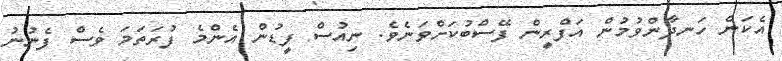
އެކަން ހަނދާންވުމުން އަފްރީން ފޭސްބުކަށްވަނެވެ. ނިއުސް ފީޑުން އެންމެ ފުރަތަމަ ވެސް ފެނުނު